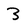
Character: 3